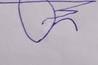
Signature authenticity: forged